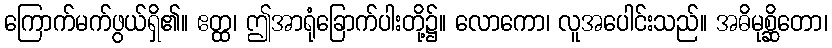
ကြောက်မက်ဖွယ်ရှိ၏။ ဧတ္ထ၊ ဤအာရုံခြောက်ပါးတို့၌။ လောကော၊ လူအပေါင်းသည်။ အဓိမုစ္ဆိတော၊